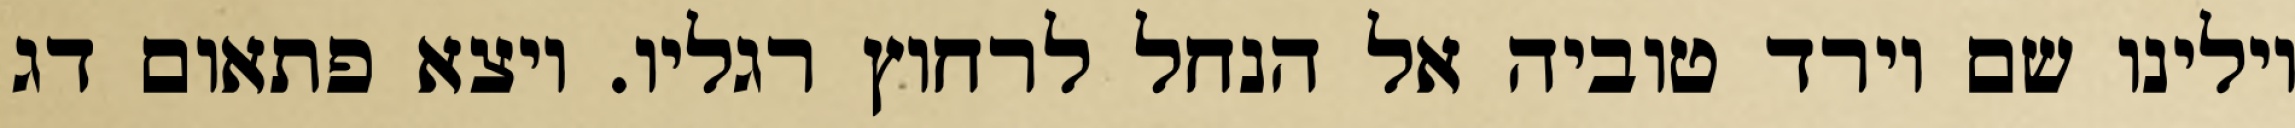
וילינו שם וירד טוביה אל הנחל לרחוץ רגליו. ויצא פתאום דג